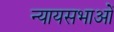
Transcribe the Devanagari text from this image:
न्यायसभाओं